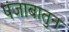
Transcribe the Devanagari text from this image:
पंजाबातुन